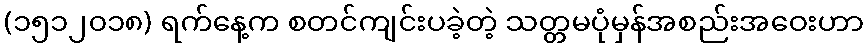
(၁၅၁၂၀၁၈) ရက်နေ့က စတင်ကျင်းပခဲ့တဲ့ သတ္တမပုံမှန်အစည်းအဝေးဟာ